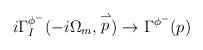
LaTeX: \begin{align*}i\Gamma_I^{\phi^-}(-i\Omega_m, \stackrel{\rightharpoonup}{p})\rightarrow \Gamma^{\phi^-}(p)\end{align*}